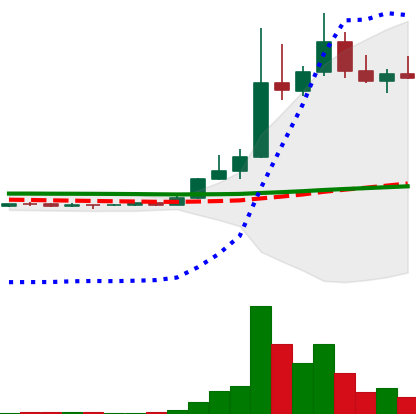
Ticker: DOGE-USD
Chart end date: 2022-11-05
Forward return: -27.815%
Label: down_7plus